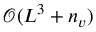
\mathcal { O } ( L ^ { 3 } + n _ { v } )